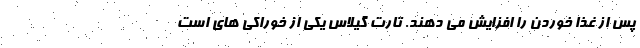
پس از غذا خوردن را افزایش می دهند. تارت گیلاس یکی از خوراکی های است